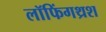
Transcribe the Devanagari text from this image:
लॉफिंगथ्रश